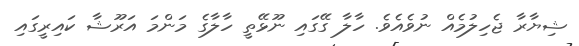
ޝިޔާރާ ޖެހިލުމެއް ނުވެއެވެ. ހާލާ ގޭގައި ނޫޅޭތީ ހާލާގެ މަންމަ އަރޫޝާ ކައިރީގައި